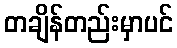
တချိန်တည်းမှာပင်